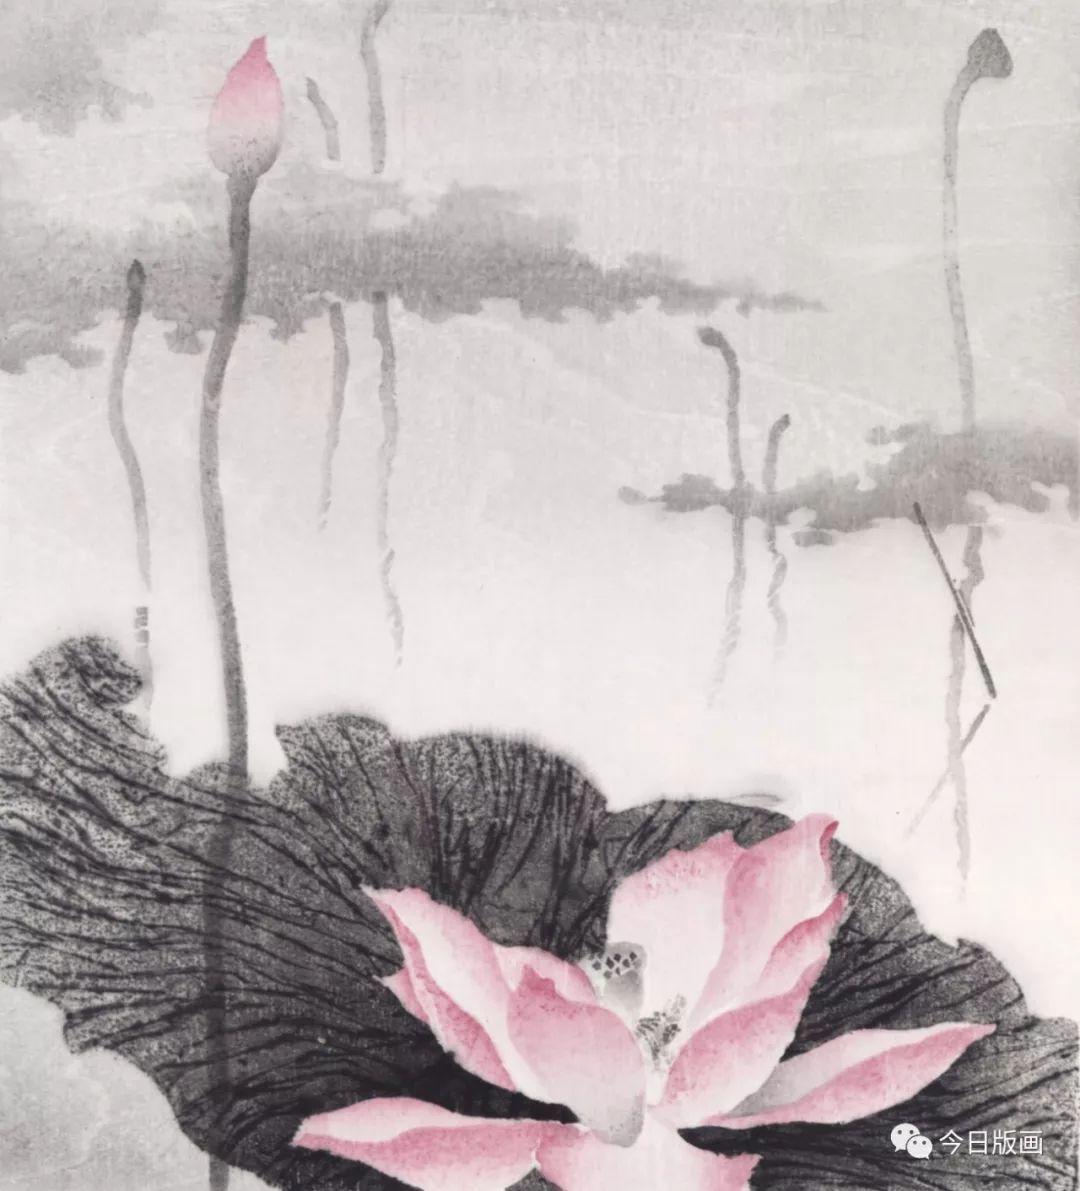
翠葆参差竹径成。新荷跳雨泪珠倾。